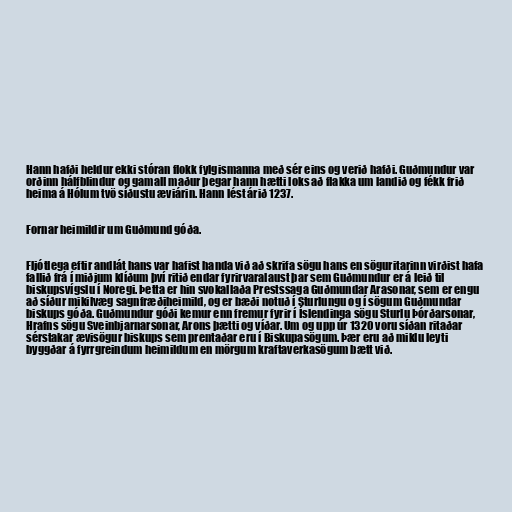
Hann hafði heldur ekki stóran flokk fylgismanna með sér eins og verið hafði. Guðmundur var
orðinn hálfblindur og gamall maður þegar hann hætti loks að flakka um landið og fékk frið
heima á Hólum tvö síðustu æviárin. Hann lést árið 1237.

Fornar heimildir um Guðmund góða.

Fljótlega eftir andlát hans var hafist handa við að skrifa sögu hans en söguritarinn virðist hafa
fallið frá í miðjum klíðum því ritið endar fyrirvaralaust þar sem Guðmundur er á leið til
biskupsvígslu í Noregi. Þetta er hin svokallaða Prestssaga Guðmundar Arasonar, sem er engu
að síður mikilvæg sagnfræðiheimild, og er bæði notuð í Sturlungu og í sögum Guðmundar
biskups góða. Guðmundur góði kemur enn fremur fyrir í Íslendinga sögu Sturlu Þórðarsonar,
Hrafns sögu Sveinbjarnarsonar, Arons þætti og víðar. Um og upp úr 1320 voru síðan ritaðar
sérstakar ævisögur biskups sem prentaðar eru í Biskupasögum. Þær eru að miklu leyti
byggðar á fyrrgreindum heimildum en mörgum kraftaverkasögum bætt við.